Indian journal of veterinary science and animal husbandry - Volume 11,
Year: 1941
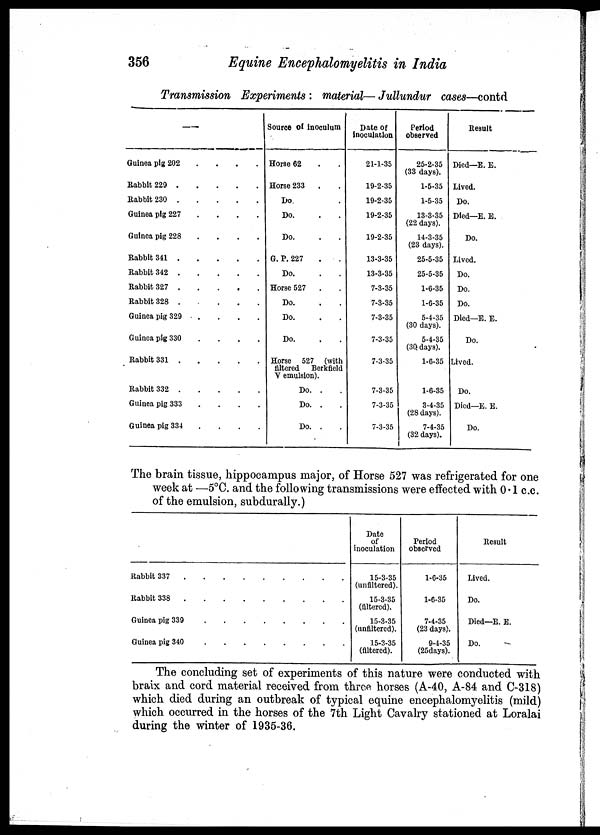
356
Equine Encephalomyelitis in India
Transmission Experiments : material— Jullundur cases—contd
—
Guinea pig 202
.
.
.
.
Rabbit 229
.
.
.
.
Rabbit 230
.
.
.
.
Guinea pig 227
.
.
.
.
Guinea pig 228
.
.
.
.
Rabbit 341
.
.
.
.
Babbit 342
.
.
.
.
Rabbit 327
.
.
.
.
Rabbit 328
.
.
.
.
Guinea pig 329
.
.
.
.
Guinea pig 330
.
.
.
.
Babbit 331
.
.
.
.
Babbit 332
.
.
.
.
Guinea pig 333
.
.
.
.
Guinea pig 334
.
.
.
.
Source of inoculum
Horse 62 . .
Horse 233 . .
Do. . .
Do. . .
Do. . .
G. P. 227 . .
Do. . .
Horse 527 . .
Do. . .
Do. . .
Do. . .
Horse 527 (with
filtered.
Berkfield
V emulsion).
Do. . .
Do. . .
Do. . .
Date of
inoculation
21-1-35
19-2-35
19-2-35
19-2-35
19-2-35
13-3-35
13-3-35
7-3-35
7-3-35
7-3-35
7-3-35
7-3-35
7-3-35
7-3-35
7-3-35
Period
observed
25-2-35
(33 days).
1-5-35
1-5-35
13-3-35
(22 days).
14-3-35
(23 days).
25-5-35
25-5-35
1-6-35
1-6-35
5-4-35
(30 days).
5-4-35
(30 days).
1-6-35
1-6-35
3-4-35
(28 days).
7-4-35
(32 days).
Result
Died—E. E.
Lived.
Do.
Died—E. E.
Do.
Lived.
Do.
Do.
Do.
Died—E. E.
Do.
Lived.
Do.
Died—E. E.
Do.
The brain tissue, hippocampus major, of Horse 527 was refrigerated for one
week at —5°C. and the following transmissions were effected with 0 .1 c.c.
of the emulsion, subdurally.)
Rabbit 337
.
.
.
.
.
.
.
.
.
.
Rabbit 338
.
.
.
.
.
.
.
.
.
.
Guinea pig 339 . . . . . . . . . .
Guinea pig 340 . . . . . . . . . .
Date
of
inoculation
15-3-35
(unfiltered).
15-3-35
(filtered).
15-3-35
(unfiltered).
15-3-35
(filtered).
Period
observed
1-6-35
1-6-35
7-4-35
(23 days).
9-4-35
(25days).
Result
Lived.
Do.
Died—E. E.
Do.
The concluding set of experiments of this nature were conducted with
braix and cord material received from three horses (A-40, A-84 and C-318)
which died during an outbreak of typical equine encephalomyelitis (mild)
which occurred in the horses of the 7th Light Cavalry stationed at Loralai
during the winter of 1935-36.